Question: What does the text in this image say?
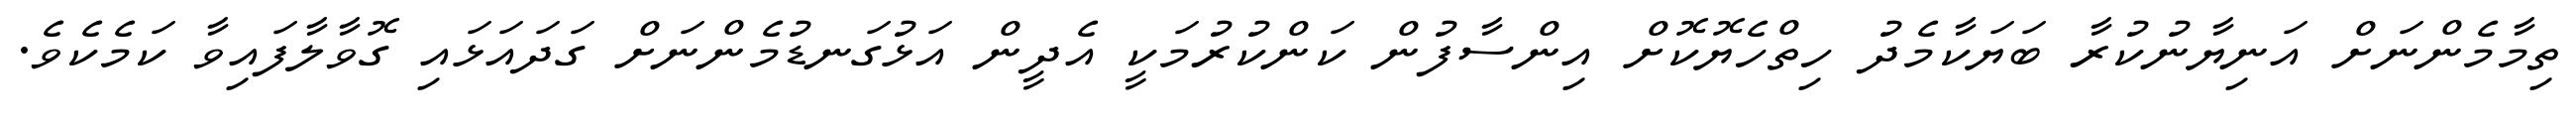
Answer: ތިމާމެންނަށް އަނިޔާނުކުރާ ބަޔަކާމެދު ހިތްހެޔޮކޮށް އިންސާފުން ކަންކުރުމަކީ އެދީން އަޅުގަނޑުމެންނަށް ގަދައަޅައި ގޮވާލާފައިވާ ކަމެކެވެ.